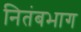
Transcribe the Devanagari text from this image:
नितंबभाग